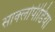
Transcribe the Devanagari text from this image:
साक्लोपीडिया